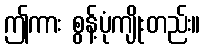
ဤကား စွန့်ပုံကျိုးတည်း။